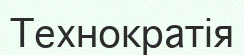
Технократія